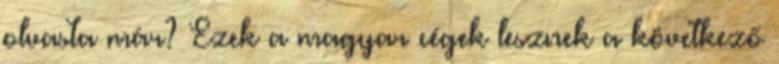
olvasta már? Ezek a magyar cégek lesznek a következő